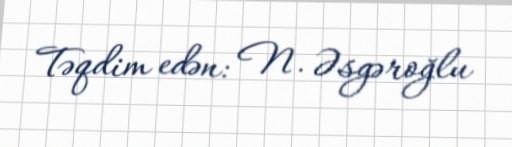
Təqdim edən: N. Əsgəroğlu